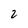
Character: 2